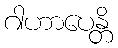
ဂါဟာပေန္တိ